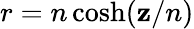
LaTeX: r=n\cosh(\mathbf{z}/n)